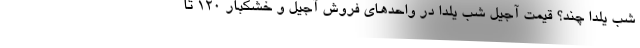
شب یلدا چند؟ قیمت آجیل شب یلدا در واحدهای فروش آجیل و خشکبار ۱۲۰ تا